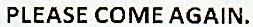
PLEASE COME AGAIN.